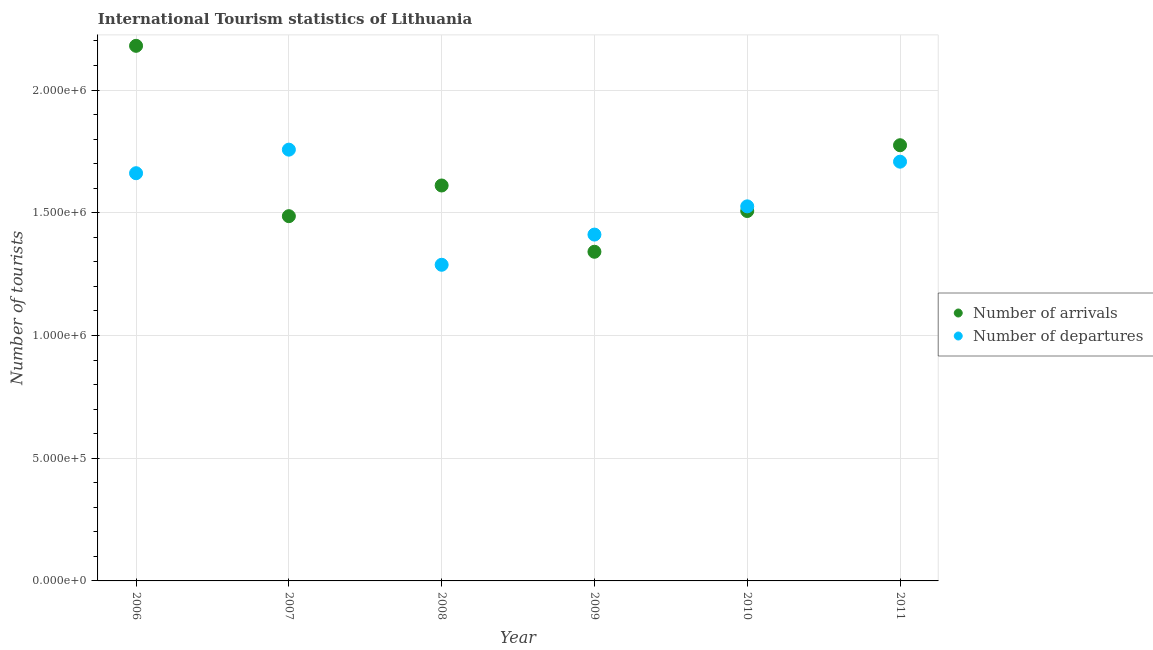
| Year | Number of arrivals | Number of departures |
 | --- | --- | --- |
 | 2006 | 2.18e+06 | 1.66e+06 |
 | 2007 | 1.49e+06 | 1.76e+06 |
 | 2008 | 1.61e+06 | 1.29e+06 |
 | 2009 | 1.34e+06 | 1.41e+06 |
 | 2010 | 1.51e+06 | 1.53e+06 |
 | 2011 | 1.78e+06 | 1.71e+06 |